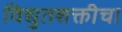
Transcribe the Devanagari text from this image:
विद्युतशक्तीचा